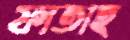
ফাতাহ